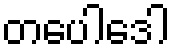
တပေါဒေါ